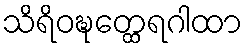
သိရိဝဍ္ဎတ္ထေရဂါထာ